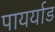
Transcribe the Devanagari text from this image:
पायर्याड